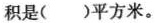
积是( )平方米。